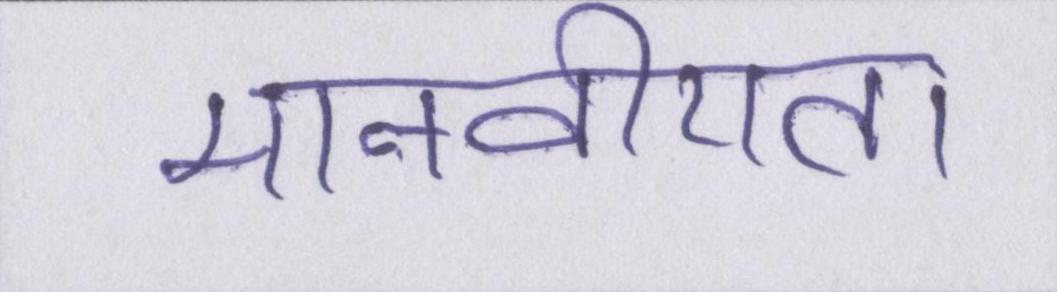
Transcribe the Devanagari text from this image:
मानवीयता